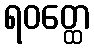
ရဝတ္ထေ